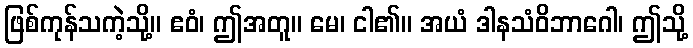
ဖြစ်ကုန်သကဲ့သို့။ ဧဝံ၊ ဤအတူ။ မေ၊ ငါ၏။ အယံ ဒါနသံဝိဘာဂေါ၊ ဤသို့